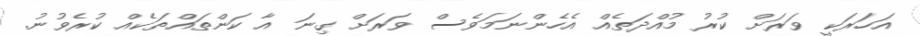
އަހަރަކީ ވަރަށް ކުރު މުއްދަތެއް އެހެންނަމަވެސް ވަރަށް ގިނަ އާ ކަންތައްތަކެއް ކުރެވުނު.